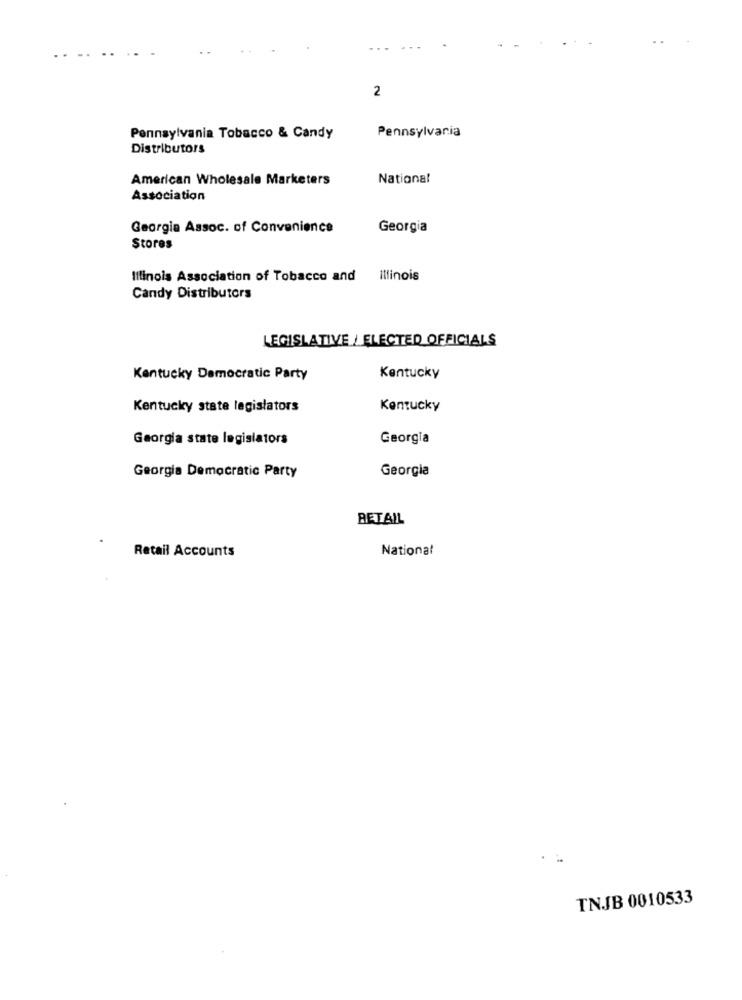
2
Pennsylvania
Pennsylvania Tobacco & Candy
Distributors
American Wholesale Marketers
National
Association
Georgia Assoc. of Convenience
Georgia
Stores
Illinois Association of Tobacco and Illinois
Candy Distributors
LEGISLATIVE / ELECTED OFFICIALS
Kentucky Democratic Party
Kentucky
Kentucky state legislators
Kentucky
Georgia state legislators
Georgia
Georgia
Georgia Democratic Party
RETAIL
Retail Accounts
National
TNJB 0010533